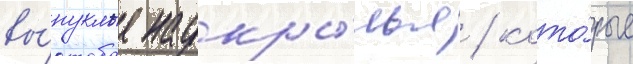
вы́пуклые надкры́лья / кото́рые